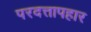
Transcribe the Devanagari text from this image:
परदत्तापहार